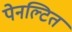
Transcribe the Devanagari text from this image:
पेनल्टित